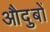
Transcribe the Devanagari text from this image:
औदुबों